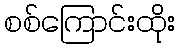
စစ်ကြောင်းထိုး